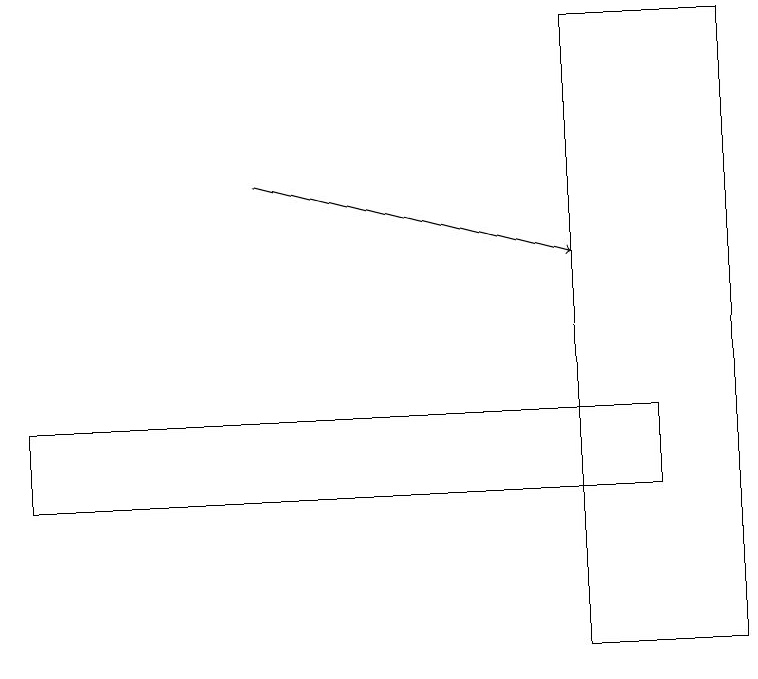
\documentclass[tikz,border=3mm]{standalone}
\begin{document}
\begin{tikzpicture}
\draw (0,14) rectangle (8,13);
\draw[->] (3,17) -- (7,16);
\draw (7,11) rectangle (9,19);
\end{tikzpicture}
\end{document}